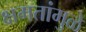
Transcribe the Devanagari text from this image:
क्षमतांमुळे